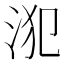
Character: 𣳜